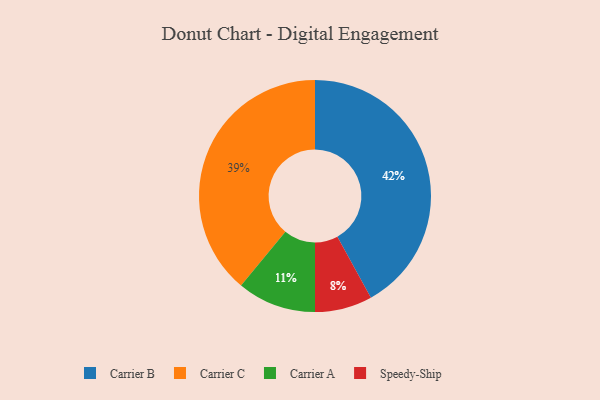
{"axis": {"x": "Category", "y": "Percentage"}, "legend": ["Carrier A", "Carrier B", "Carrier C", "Speedy-Ship"], "data": [{"x": "Speedy-Ship", "y": 8, "type": "Speedy-Ship"}, {"x": "Carrier A", "y": 11, "type": "Carrier A"}, {"x": "Carrier B", "y": 42, "type": "Carrier B"}, {"x": "Carrier C", "y": 39, "type": "Carrier C"}]}